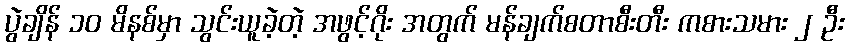
ပွဲချိန် ၁၀ မိနစ်မှာ သွင်းယူခဲ့တဲ့ အဖွင့်ဂိုး အတွက် မန်ချက်စတာစီးတီး ကစားသမား ၂ ဦး